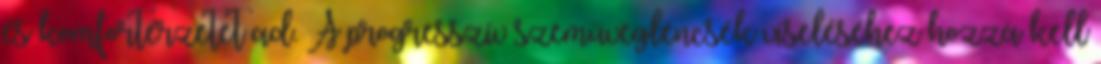
és komfortérzetet ad. A progresszív szemüveglencsék viseléséhez hozzá kell